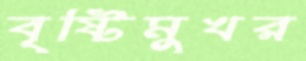
বৃষ্টিমুখর